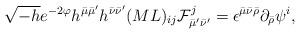
LaTeX: \begin{align*}\sqrt{-h}e^{-2\varphi}h^{\bar{\mu}\bar{\mu}^{\prime}}h^{\bar{\nu}\bar{\nu}^{\prime}}(ML)_{ij}{\cal F}^j_{\bar{\mu}^{\prime}\bar{\nu}^{\prime}} =\epsilon^{\bar{\mu}\bar{\nu}\bar{\rho}}\partial_{\bar{\rho}}\psi^{i}, \end{align*}